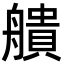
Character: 𦪒